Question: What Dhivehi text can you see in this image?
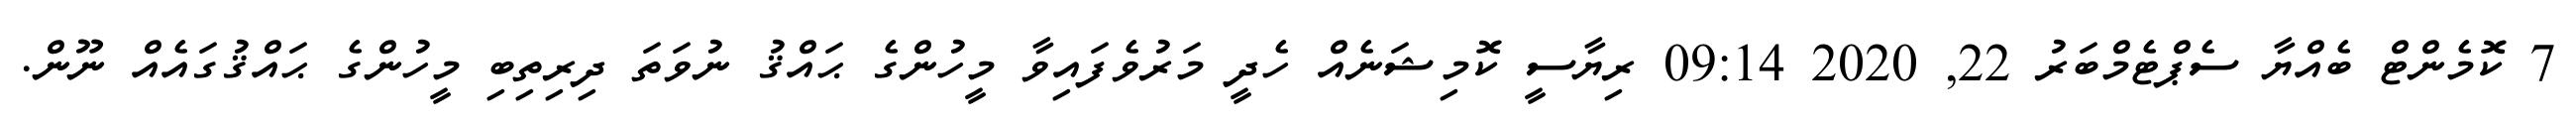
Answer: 7 ކޮމެންޓް ބެއްޔާ ސެޕްޓެމްބަރު 22, 2020 09:14 ރިޔާސީ ކޮމިޝަނެއް ހެދީ މަރުވެފައިވާ މީހުންގެ ޙައްޤު ނުވަތަ ދިރިތިބި މީހުންގެ ޙައްޤުގައެއް ނޫން.